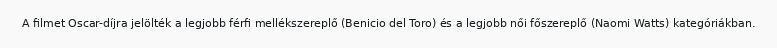
A filmet Oscar-díjra jelölték a legjobb férfi mellékszereplő (Benicio del Toro) és a legjobb női főszereplő (Naomi Watts) kategóriákban.